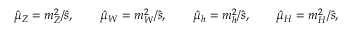
\hat { \mu } _ { Z } = m _ { Z } ^ { 2 } / \hat { s } , \qquad \hat { \mu } _ { W } = m _ { W } ^ { 2 } / \hat { s } , \qquad \hat { \mu } _ { h } = m _ { h } ^ { 2 } / \hat { s } , \qquad \hat { \mu } _ { H } = m _ { H } ^ { 2 } / \hat { s } ,